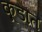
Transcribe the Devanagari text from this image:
कूडांत